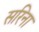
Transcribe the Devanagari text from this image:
सरिना